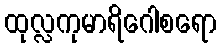
ထုလ္လကုမာရိဂေါစရော